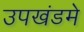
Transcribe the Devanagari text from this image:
उपखंडमे